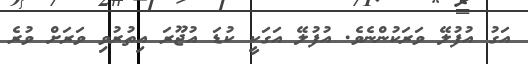
އަގު އުފުލޭ ވަރަކުންނެވެ. އުފުލޭ އަގަކީ ކުޑަ އުޖޫރަ އިތުރުވި ވަރަށް ވުރެ